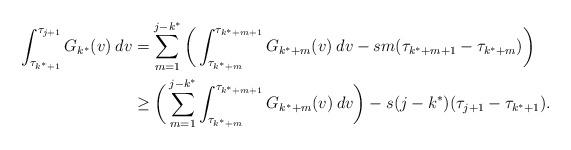
LaTeX: \begin{align*}\int_{\tau_{k^* + 1}}^{\tau_{j+1}} G_{k^*}(v) \: dv &= \sum_{m=1}^{j-k^*} \bigg( \int_{\tau_{k^* + m}}^{\tau_{k^* + m + 1}} G_{k^* + m}(v) \: dv - sm(\tau_{k^*+m+1} - \tau_{k^*+m})\bigg) \\&\geq \bigg( \sum_{m=1}^{j-k^*} \int_{\tau_{k^* + m}}^{\tau_{k^* + m + 1}} G_{k^* + m}(v) \: dv \bigg) - s (j - k^*) (\tau_{j+1} - \tau_{k^*+1}).\end{align*}